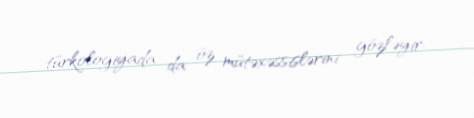
türkologiyada da öz mütəxəssislərini gözləyir.